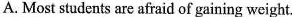
A. Most students are afraid of gaining weight.